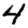
Digit: 4